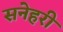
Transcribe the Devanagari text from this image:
सनेहरी